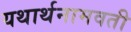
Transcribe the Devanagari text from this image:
यथार्थनामवती